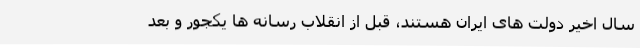
سال اخیر دولت های ایران هستند، قبل از انقلاب رسانه ها یکجور و بعد